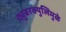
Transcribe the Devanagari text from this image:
ट्युबरक्युलिमुळे